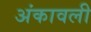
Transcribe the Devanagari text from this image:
अंकावली